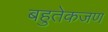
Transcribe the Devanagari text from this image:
बहुतेकजण